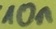
Text: 10n